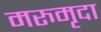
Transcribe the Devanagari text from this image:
मरुमृदा